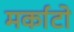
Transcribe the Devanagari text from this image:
मर्काटो